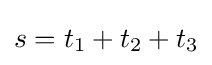
s=t_{1}+t_{2}+t_{3}